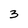
Character: 3